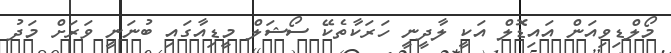
މޯލްޑިވިއަން އައިޑޮލް އަކީ ލާދީނީ ހަރަކާތެކޭ ސޯޝަލް މީޑިއާގައި ބުނަނީ ވަރަށް މަދު